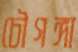
চৌগঙ্গা